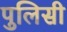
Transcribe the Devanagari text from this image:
पुलिसी